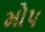
મોપ